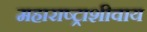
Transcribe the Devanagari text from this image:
महाराष्ट्राशीवाय